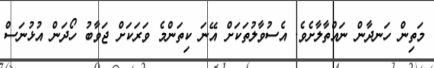
މަތިން ހަނދާން ނައްތާލާށެވެ. އެސުވާލުތަކަށް އޭނަ ކިތަންމެ ވަރަކަށް ޖަވާބު ހޯދަން އުޅުނަސް